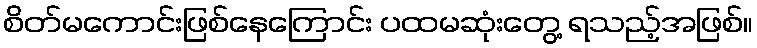
စိတ်မကောင်းဖြစ်နေကြောင်း ပထမဆုံးတွေ့ ရသည့်အဖြစ်။